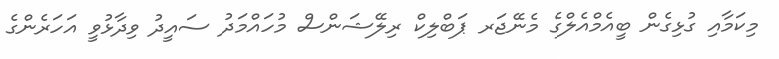
މިކަމާއި ގުޅިގެން ބީއެމްއެލްގެ މެނޭޖަރ ޕަބްލިކް ރިލޭޝަންސް މުހައްމަދު ސައީދު ވިދާޅުވީ އަހަރެންގެ